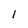
Character: 1